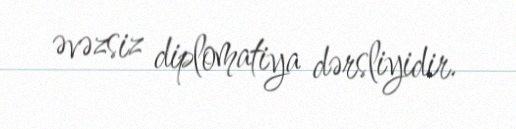
əvəzsiz diplomatiya dərsliyidir.